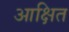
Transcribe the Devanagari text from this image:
आक्षित